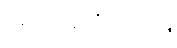
အာဒိတ္ထဇာတက။